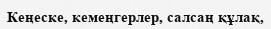
Кеңеске, кемеңгерлер, салсаң құлақ,